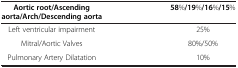
| Aortic root/Ascending aorta/Arch/Descending aorta | 58%/19%/16%/15% |
 | --- | --- |
 | Left ventricular impairment | 25% |
 | Mitral/Aortic Valves | 80%/50% |
 | Pulmonary Artery Dilatation | 10% |